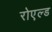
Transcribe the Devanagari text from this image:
रोएल्ड